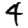
Digit: 4